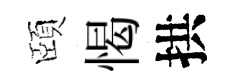
頤愒拱